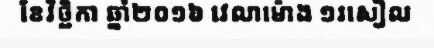
ខែវិច្ឆិកា ឆ្នាំ២០១៦ វេលាម៉ោង ១រសៀល